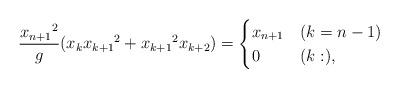
LaTeX: \begin{align*} \frac{{x_{n+1}}^2}{g} (x_{k}{x_{k+1}}^2+{x_{k+1}}^2x_{k+2})=\begin{cases}x_{n+1} & (k=n-1)\\0 & (k:),\end{cases}\end{align*}